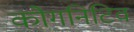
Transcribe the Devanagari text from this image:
कौगनिटिव